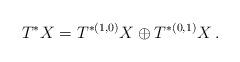
LaTeX: \begin{align*}T^*X=T^{*(1,0)}X\oplus T^{*(0,1)}X\:.\end{align*}